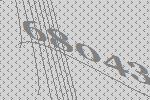
68043